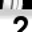
Digit: 2